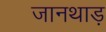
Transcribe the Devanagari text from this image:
जानथाड़